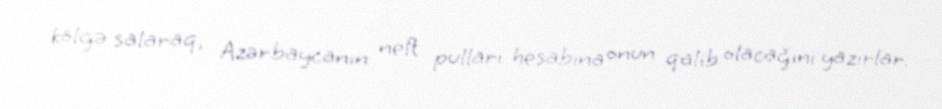
kölgə salaraq, Azərbaycanın neft pulları hesabına onun qalib olacağını yazırlar.